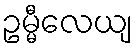
ဥမ္မီလေယျ